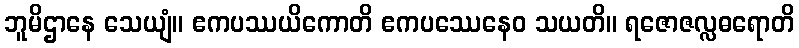
ဘူမိဌာနေ သေယျံ။ ဧကပဿယိကောတိ ဧကပဿေနေဝ သယတိ။ ရဇောဇလ္လဓရောတိ